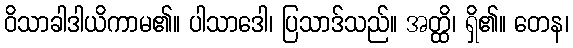
ဝိသာခါဒါယိကာမ၏။ ပါသာဒေါ၊ ပြသာဒ်သည်။ အတ္ထိ၊ ရှိ၏။ တေန၊